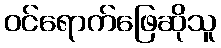
ဝင်ရောက်ဖြေဆိုသူ